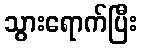
သွားရောက်ပြီး